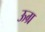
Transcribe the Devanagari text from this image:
ऊग्र